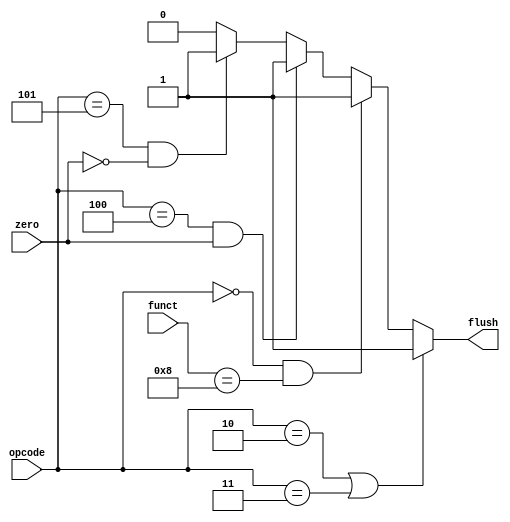
`timescale 1ns / 1ps
//////////////////////////////////////////////////////////////////////////////////
// Company: 
// Engineer: 
// 
// Design Name: 
// Module Name: NeedFlush
// Project Name: 
// Target Devices: 
// Tool Versions: 
// Description: 
// 
// Dependencies: 
// 
// Revision:
// Revision 0.01 - File Created
// Additional Comments:
// 
//////////////////////////////////////////////////////////////////////////////////


module NeedFlush(
    input [5:0] opcode, 
    input [5:0] funct,
    input zero, 
    output flush
    );
    
    reg Flush;
    
    always@ (opcode or zero or funct)
    begin
        if(opcode == 6'b000010 || opcode == 6'b000011) //jump, jal
            Flush = 1;
        else if(opcode == 6'b000000 && funct == 6'b001000)  //jr
            Flush = 1;
        else if(opcode == 6'b000100 && zero == 1)   //beq
            Flush = 1;
        else if(opcode == 6'b000101 && zero == 0)   //bne
            Flush = 1;
        else Flush = 0;
    end
    
    assign flush = Flush;
endmodule